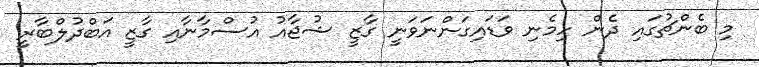
މި ބެންޗުގައި ދެން ހިމެނި ވަޑައިގަންނަވަނީ ގާޒީ ޝުޖާއު އުސްމާނާއި ގާޒީ އަބްދުލްބާރީ